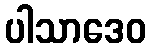
ပါသာဒေဝ